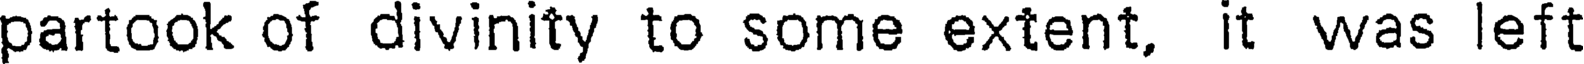
partook of divinity to some extent, it was left